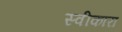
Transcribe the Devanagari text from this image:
स्‍वीकारा